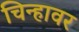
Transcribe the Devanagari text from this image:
चिन्हावर